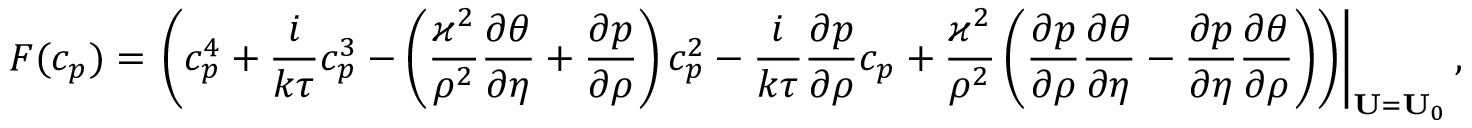
F ( c _ { p } ) = \left. \left( c _ { p } ^ { 4 } + \frac { i } { k \tau } c _ { p } ^ { 3 } - \left( \frac { \varkappa ^ { 2 } } { \rho ^ { 2 } } \frac { \partial \theta } { \partial \eta } + \frac { \partial p } { \partial \rho } \right) c _ { p } ^ { 2 } - \frac { i } { k \tau } \frac { \partial p } { \partial \rho } c _ { p } + \frac { \varkappa ^ { 2 } } { \rho ^ { 2 } } \left( \frac { \partial p } { \partial \rho } \frac { \partial \theta } { \partial \eta } - \frac { \partial p } { \partial \eta } \frac { \partial \theta } { \partial \rho } \right) \right) \right\vert _ { \mathbf { U } = \mathbf { U } _ { 0 } } ,